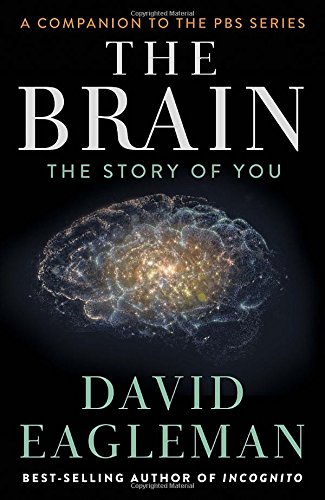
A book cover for The Brain: The Story of You; David Eagleman; Medical Books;